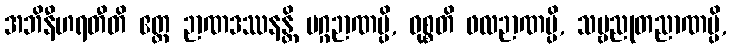
အဘိနီဟရတီတိ ဧတ္ထ ဉာဏဒဿနန္တိ မဂ္ဂဉာဏမ္ပိ, ဝုစ္စတိ ဖလဉာဏမ္ပိ, သဗ္ဗညုတညာဏမ္ပိ,